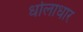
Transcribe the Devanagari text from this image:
धोलाधार